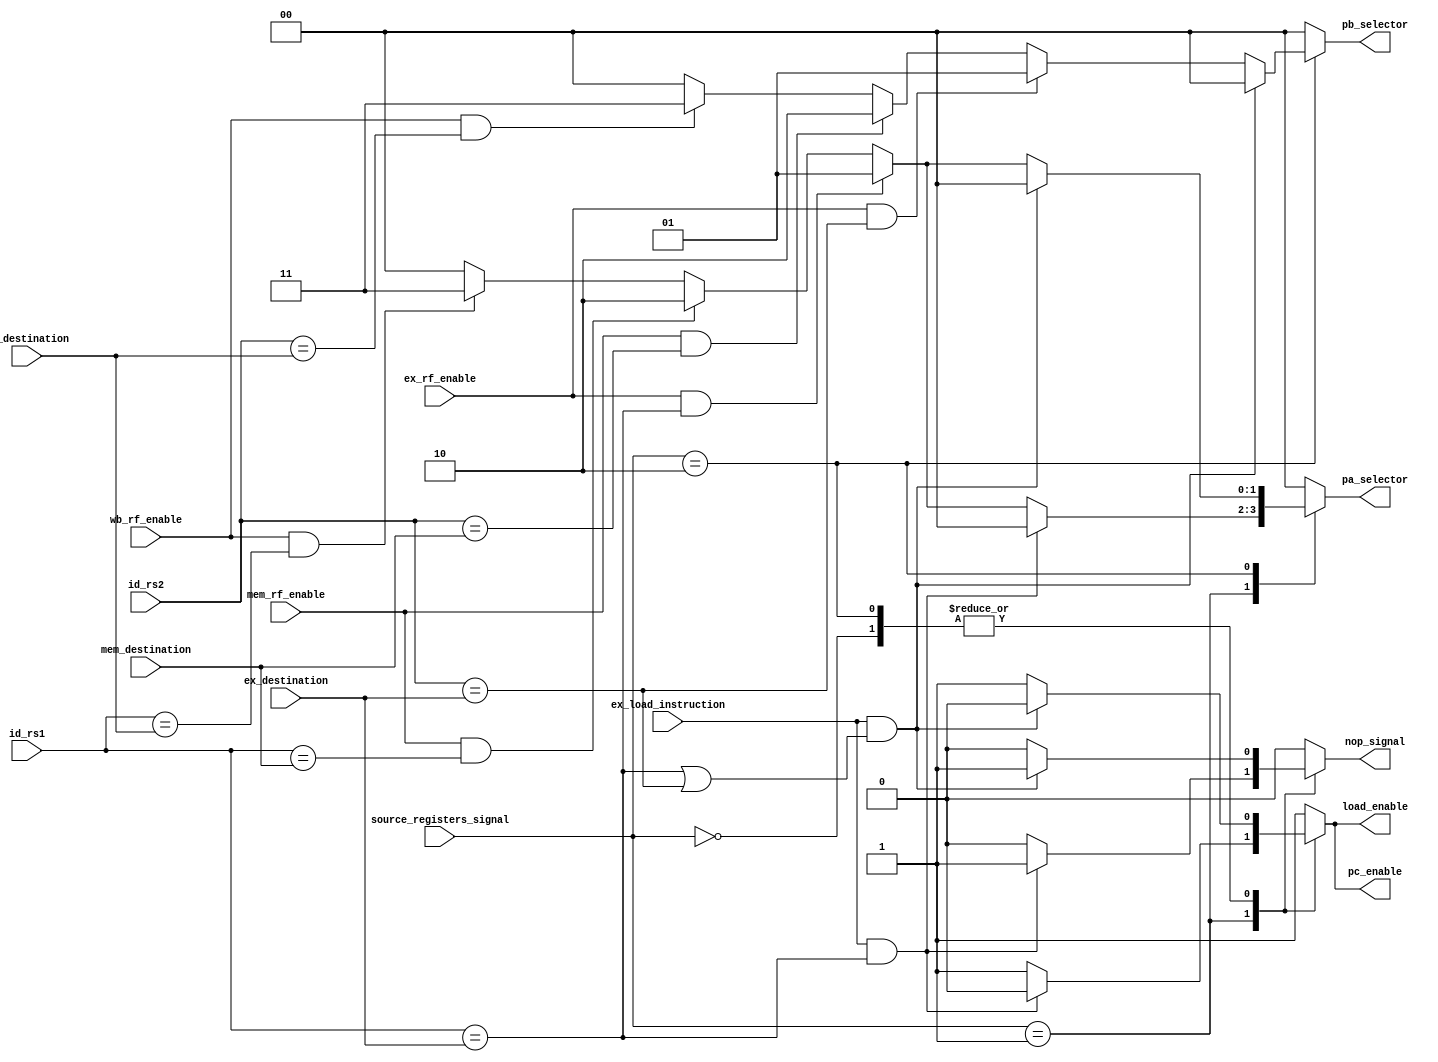
module HAZARD_FORWARDING_UNIT (
    output reg[1:0] pa_selector, pb_selector,
    output reg load_enable, pc_enable, nop_signal,  
    input wire[4:0] ex_destination, mem_destination, wb_destination,
    input wire[4:0] id_rs1, id_rs2,
    input wire ex_rf_enable, mem_rf_enable, wb_rf_enable, ex_load_instruction,
    input wire[1:0] source_registers_signal
);

    //Default values
    reg[1:0] pa_selector_val;
    reg[1:0] pb_selector_val;
    reg load_enable_val;
    reg pc_enable_val;
    reg nop_signal_val;

    always @(*) begin

            pa_selector_val = 2'b00;
            pb_selector_val = 2'b00;
            load_enable_val = 1'b1;
            pc_enable_val = 1'b1;
            nop_signal_val = 1'b0;

        case (source_registers_signal)
        2'b00: begin // Instrucciones sin registros fuente

            if (ex_load_instruction && (id_rs1 == ex_destination || id_rs2 == ex_destination)) begin
                load_enable_val = 1'b0;
                pc_enable_val = 1'b0;
                nop_signal_val = 1'b1;
            end
              
        end
        2'b01: begin // Instrucciones con un registro fuente
            if (ex_load_instruction && (id_rs1 == ex_destination)) begin
                load_enable_val = 1'b0;
                pc_enable_val = 1'b0;
                nop_signal_val = 1'b1;
            end 
            else begin
                if (ex_rf_enable && (id_rs1 == ex_destination))
                    pa_selector_val = 2'b01;
                else if (mem_rf_enable && (id_rs1 == mem_destination))
                    pa_selector_val = 2'b10;
                else if (wb_rf_enable && (id_rs1 == wb_destination))
                    pa_selector_val = 2'b11;
                else
                    pa_selector_val = 2'b00;
            end

            // pb_selector_val = 2'b00; 
        end
        2'b10: begin // Instrucciones con dos registros fuente
            if (ex_load_instruction && (id_rs1 == ex_destination || id_rs2 == ex_destination)) begin
                load_enable_val = 1'b0;
                pc_enable_val = 1'b0;
                nop_signal_val = 1'b1;
            end 
            else begin

                if (ex_rf_enable && (id_rs1 == ex_destination))
                    pa_selector_val = 2'b01;
                else if (mem_rf_enable && (id_rs1 == mem_destination))
                    pa_selector_val = 2'b10;
                else if (wb_rf_enable && (id_rs1 == wb_destination))
                    pa_selector_val = 2'b11;
                else
                    pa_selector_val = 2'b00;

                if (ex_rf_enable && (id_rs2 == ex_destination))
                    pb_selector_val = 2'b01;
                else if (mem_rf_enable && (id_rs2 == mem_destination))
                    pb_selector_val = 2'b10;
                else if (wb_rf_enable && (id_rs2 == wb_destination))
                    pb_selector_val = 2'b11;
                else
                    pb_selector_val = 2'b00;
            end
        end
        
        
    endcase

    pa_selector <= pa_selector_val;
    pb_selector <= pb_selector_val;
    load_enable <= load_enable_val;
    pc_enable <= pc_enable_val; 
    nop_signal <= nop_signal_val;
    end
endmodule


// Diego Aviles:

// module HAZARD_FORWARDING_UNIT (
//     output reg[1:0] pa_selector, pb_selector,
//     output reg load_enable, pc_enable, nop_signal,  
//     input wire[4:0] ex_destination, mem_destination, wb_destination,
//     input wire[4:0] id_rs1, id_rs2,
//     input wire ex_rf_enable, mem_rf_enable, wb_rf_enable, ex_load_instruction,
//     input wire[1:0] source_registers_signal
// );

//     //Default values
//     reg[1:0] pa_selector_val;
//     reg[1:0] pb_selector_val;
//     reg load_enable_val;
//     reg pc_enable_val;
//     reg nop_signal_val;

//     always @(*) begin

//             pa_selector_val = 2'b00;
//             pb_selector_val = 2'b00;
//             load_enable_val = 1'b1;
//             pc_enable_val = 1'b1;
//             nop_signal_val = 1'b0;

//         case (source_registers_signal)
//         // 2'b00: begin // Instrucciones sin registros fuente

//         //       if (ex_load_instruction && (id_rs1 == ex_destination)) begin
//         //         load_enable_val = 1'b0;
//         //         pc_enable_val = 1'b0;
//         //         nop_signal_val = 1'b1;
//         //     end
              
//         // end
//         2'b01: begin // Instrucciones con un registro fuente
//             if (ex_load_instruction && (id_rs1 == ex_destination)) begin
//                 load_enable_val = 1'b0;
//                 pc_enable_val = 1'b0;
//                 nop_signal_val = 1'b1;
//             end 
//             // else begin
//                 if (ex_rf_enable && (id_rs1 == ex_destination))
//                     pa_selector_val = 2'b01;
//                 else if (mem_rf_enable && (id_rs1 == mem_destination))
//                     pa_selector_val = 2'b10;
//                 else if (wb_rf_enable && (id_rs1 == wb_destination))
//                     pa_selector_val = 2'b11;
//                 else
//                     pa_selector_val = 2'b00;
//             // end

//             // pb_selector_val = 2'b00; 
//         end
//         2'b10: begin // Instrucciones con dos registros fuente
//             if (ex_load_instruction && (id_rs1 == ex_destination)) begin
//                 load_enable_val = 1'b0;
//                 pc_enable_val = 1'b0;
//                 nop_signal_val = 1'b1;
//             end 

//             if (ex_load_instruction && (id_rs2 == ex_destination)) begin
//                 load_enable_val = 1'b0;
//                 pc_enable_val = 1'b0;
//                 nop_signal_val = 1'b1;
//             end 
//             // else begin

//             if (ex_rf_enable && (id_rs1 == ex_destination))
//                 pa_selector_val = 2'b01;
//             else if (mem_rf_enable && (id_rs1 == mem_destination))
//                 pa_selector_val = 2'b10;
//             else if (wb_rf_enable && (id_rs1 == wb_destination))
//                 pa_selector_val = 2'b11;
//             else
//                 pa_selector_val = 2'b00;

//             if (ex_rf_enable && (id_rs2 == ex_destination))
//                 pb_selector_val = 2'b01;
//             else if (mem_rf_enable && (id_rs2 == mem_destination))
//                 pb_selector_val = 2'b10;
//             else if (wb_rf_enable && (id_rs2 == wb_destination))
//                 pb_selector_val = 2'b11;
//             else
//                 pb_selector_val = 2'b00;
//             // end
//         end
        
        
//     endcase

//     pa_selector <= pa_selector_val;
//     pb_selector <= pb_selector_val;
//     load_enable <= load_enable_val;
//     pc_enable <= pc_enable_val; 
//     nop_signal <= nop_signal_val;
//     end
// endmodule

// Mariana:

// module HAZARD_FORWARDING_UNIT (
//     output reg[1:0] pa_selector, pb_selector,
//     output reg load_enable, pc_enable, nop_signal,  
//     input wire[4:0] ex_destination, mem_destination, wb_destination,
//     input wire[4:0] id_rs1, id_rs2,
//     input wire ex_rf_enable, mem_rf_enable, wb_rf_enable, ex_load_instruction,
//     input [1:0] source_registers_signal
// );

//     //Default values
//     reg[1:0] pa_selector_val;
//     reg[1:0] pb_selector_val;
//     reg load_enable_val;
//     reg pc_enable_val;
//     reg nop_signal_val;

//     always @(*) begin

//         pa_selector_val = 2'b00;
//         pb_selector_val = 2'b00;
//         load_enable_val = 1'b1;
//         pc_enable_val = 1'b1;
//         nop_signal_val = 1'b0;

      
//         if (source_registers_signal != 2'b00) begin
//             //Load Data hazard
//             // $display("Hola");
//             if (ex_load_instruction && (id_rs1 == ex_destination)) begin
//                 load_enable_val = 1'b0;
//                 pc_enable_val = 1'b0;
//                 nop_signal_val = 1'b1;
//             end
//             // else begin
//                 //PA selector designation
//                 if (ex_rf_enable && (id_rs1 == ex_destination)) begin
//                     pa_selector_val = 2'b01;
//                 end
//                 else if (mem_rf_enable && (id_rs1 == mem_destination)) begin
//                     pa_selector_val = 2'b10;
//                 end
//                 else if (wb_rf_enable && (id_rs1 == wb_destination)) begin
//                     pa_selector_val = 2'b11;
//                 end
//                 else pa_selector_val = 2'b00;
//             // end
//         end

//         if (source_registers_signal == 2'b10) begin
//             //Load Data hazard
//             // $display("Hola2");
//             if (ex_load_instruction && (id_rs2 == ex_destination)) begin
//                 load_enable_val = 1'b0;
//                 pc_enable_val = 1'b0;
//                 nop_signal_val = 1'b1;
//             end
//             //PB selector designation
//             // else begin
//                 if (ex_rf_enable && (id_rs2 == ex_destination)) begin
//                     pb_selector_val = 2'b01;
//                 end
//                 else if (mem_rf_enable && (id_rs2 == mem_destination)) begin
//                     pb_selector_val = 2'b10;
//                 end
//                 else if (wb_rf_enable && (id_rs2 == wb_destination)) begin
//                     pb_selector_val = 2'b11;
//                 end
//                 else pb_selector_val = 2'b00;
//             // end
//         end

//         pa_selector <= pa_selector_val;
//         pb_selector <= pb_selector_val;
//         load_enable <= load_enable_val;
//         pc_enable <= pc_enable_val; 
//         nop_signal <= nop_signal_val;
//     end
// endmodule

// OG:

        // pa_selector_val = 2'b00;
        // pb_selector_val = 2'b00;
        // load_enable_val = 1'b1;
        // pc_enable_val = 1'b1;
        // nop_signal_val = 1'b0;
      
        // //Load Data hazard
        // if (ex_load_instruction && (id_rs1 == ex_destination)) begin
        //     load_enable_val = 1'b0;
        //     pc_enable_val = 1'b0;
        //     nop_signal_val = 1'b1;
        // end
        // else begin
        //      //PA selector designation
        //     if (ex_rf_enable && (id_rs1 == ex_destination)) begin
        //         pa_selector_val = 2'b01;
        //     end
        //     else if (mem_rf_enable && (id_rs1 == mem_destination)) begin
        //         pa_selector_val = 2'b10;
        //     end
        //     else if (wb_rf_enable && (id_rs1 == wb_destination)) begin
        //         pa_selector_val = 2'b11;
        //     end

        //     //PB selector designation
        //     if (ex_rf_enable && (id_rs2 == ex_destination)) begin
        //         pb_selector_val = 2'b01;
        //     end
        //     else if (mem_rf_enable && (id_rs2 == mem_destination)) begin
        //         pb_selector_val = 2'b10;
        //     end
        //     else if (wb_rf_enable && (id_rs2 == wb_destination)) begin
        //         pb_selector_val = 2'b11;
        //     end
        //     else pb_selector_val = 2'b00;
        // end

//         pa_selector <= pa_selector_val;
//         pb_selector <= pb_selector_val;
//         load_enable <= load_enable_val;
//         pc_enable <= pc_enable_val; 
//         nop_signal <= nop_signal_val;
//     end
// endmodule